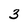
Character: 3